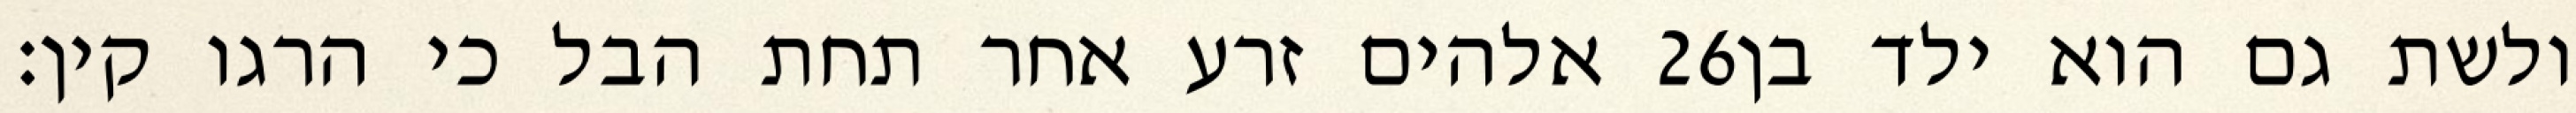
אלהים זרע אחר תחת הבל כי הרגו קין׃ ‎26‏ ולשת גם הוא ילד בן